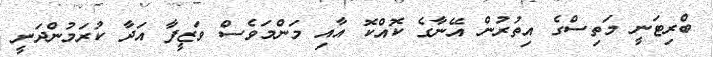
ބްރިޓަނީ މަތިސްގެ އިތުރުން އޭނާގެ ކޮއްކޮ އާއި މަންމަވެސް ވަޒީފާ އަދާ ކުރަމުންދަނީ